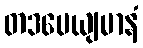
တဒပေယျမာနံ